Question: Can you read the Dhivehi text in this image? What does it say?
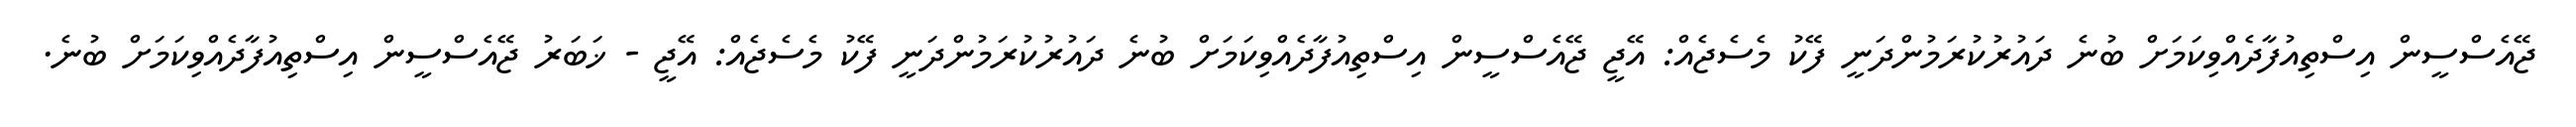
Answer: ޖޭއެސްސީން އިސްތިއުފާދެއްވިކަމަށް ބުނެ ދައުރުކުރަމުންދަނީ ފޭކު މެސެޖެއް: އޭޖީ ޖޭއެސްސީން އިސްތިއުފާދެއްވިކަމަށް ބުނެ ދައުރުކުރަމުންދަނީ ފޭކު މެސެޖެއް: އޭޖީ - ޚަބަރު ޖޭއެސްސީން އިސްތިއުފާދެއްވިކަމަށް ބުނެ.